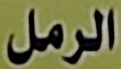
الرمل